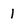
Character: 1